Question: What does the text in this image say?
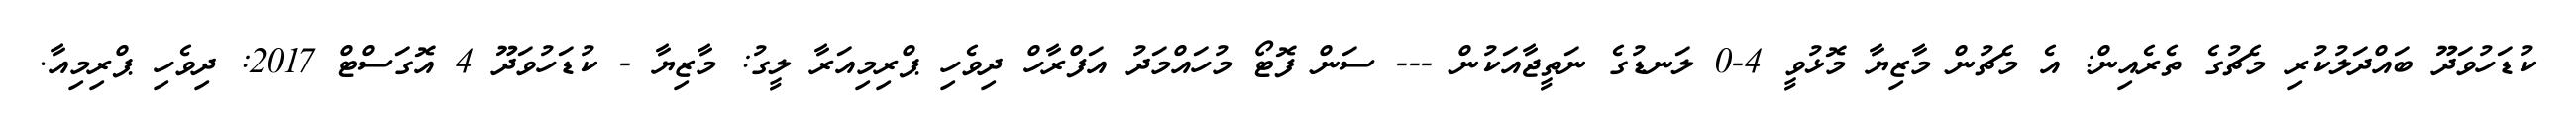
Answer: ކުޑަހުވަދޫ ބައްދަލުކުރި މެޗުގެ ތެރެއިން: އެ މެޗުން މާޒިޔާ މޮޅުވީ 4-0 ލަނޑުގެ ނަތީޖާއަކުން --- ސަން ފޮޓޯ މުހައްމަދު އަފްރާހް ދިވެހި ޕްރިމިއަރާ ލީގު: މާޒިޔާ - ކުޑަހުވަދޫ 4 އޮގަސްޓް 2017: ދިވެހި ޕްރިމިއާ.